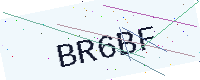
Text: BR6BF